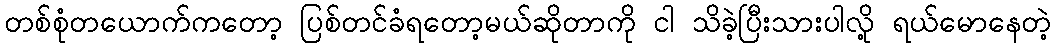
တစ်စုံတယောက်ကတော့ ပြစ်တင်ခံရတော့မယ်ဆိုတာကို ငါ သိခဲ့ပြီးသားပါလို့ ရယ်မောနေတဲ့